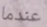
عندما